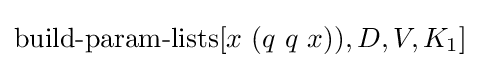
\operatorname {build-param-lists} [x\ (q\ q\ x)),D,V,K_{1}]